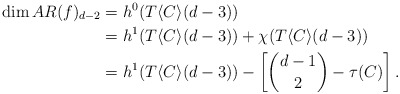
\begin{align*}\dim AR(f)_{d-2} &= h^0(T\langle C\rangle(d-3)) \\&=h^1(T\langle C\rangle(d-3))+\chi(T\langle C\rangle(d-3)) \\&=h^1(T\langle C\rangle(d-3))- \left[{d-1 \choose 2}- \tau(C)\right].\end{align*}